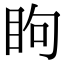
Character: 眗